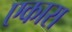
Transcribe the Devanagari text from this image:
एकारा